65_HS1-834228961_62-HQ-83894_Section_9
Agency: FBI
Page 124
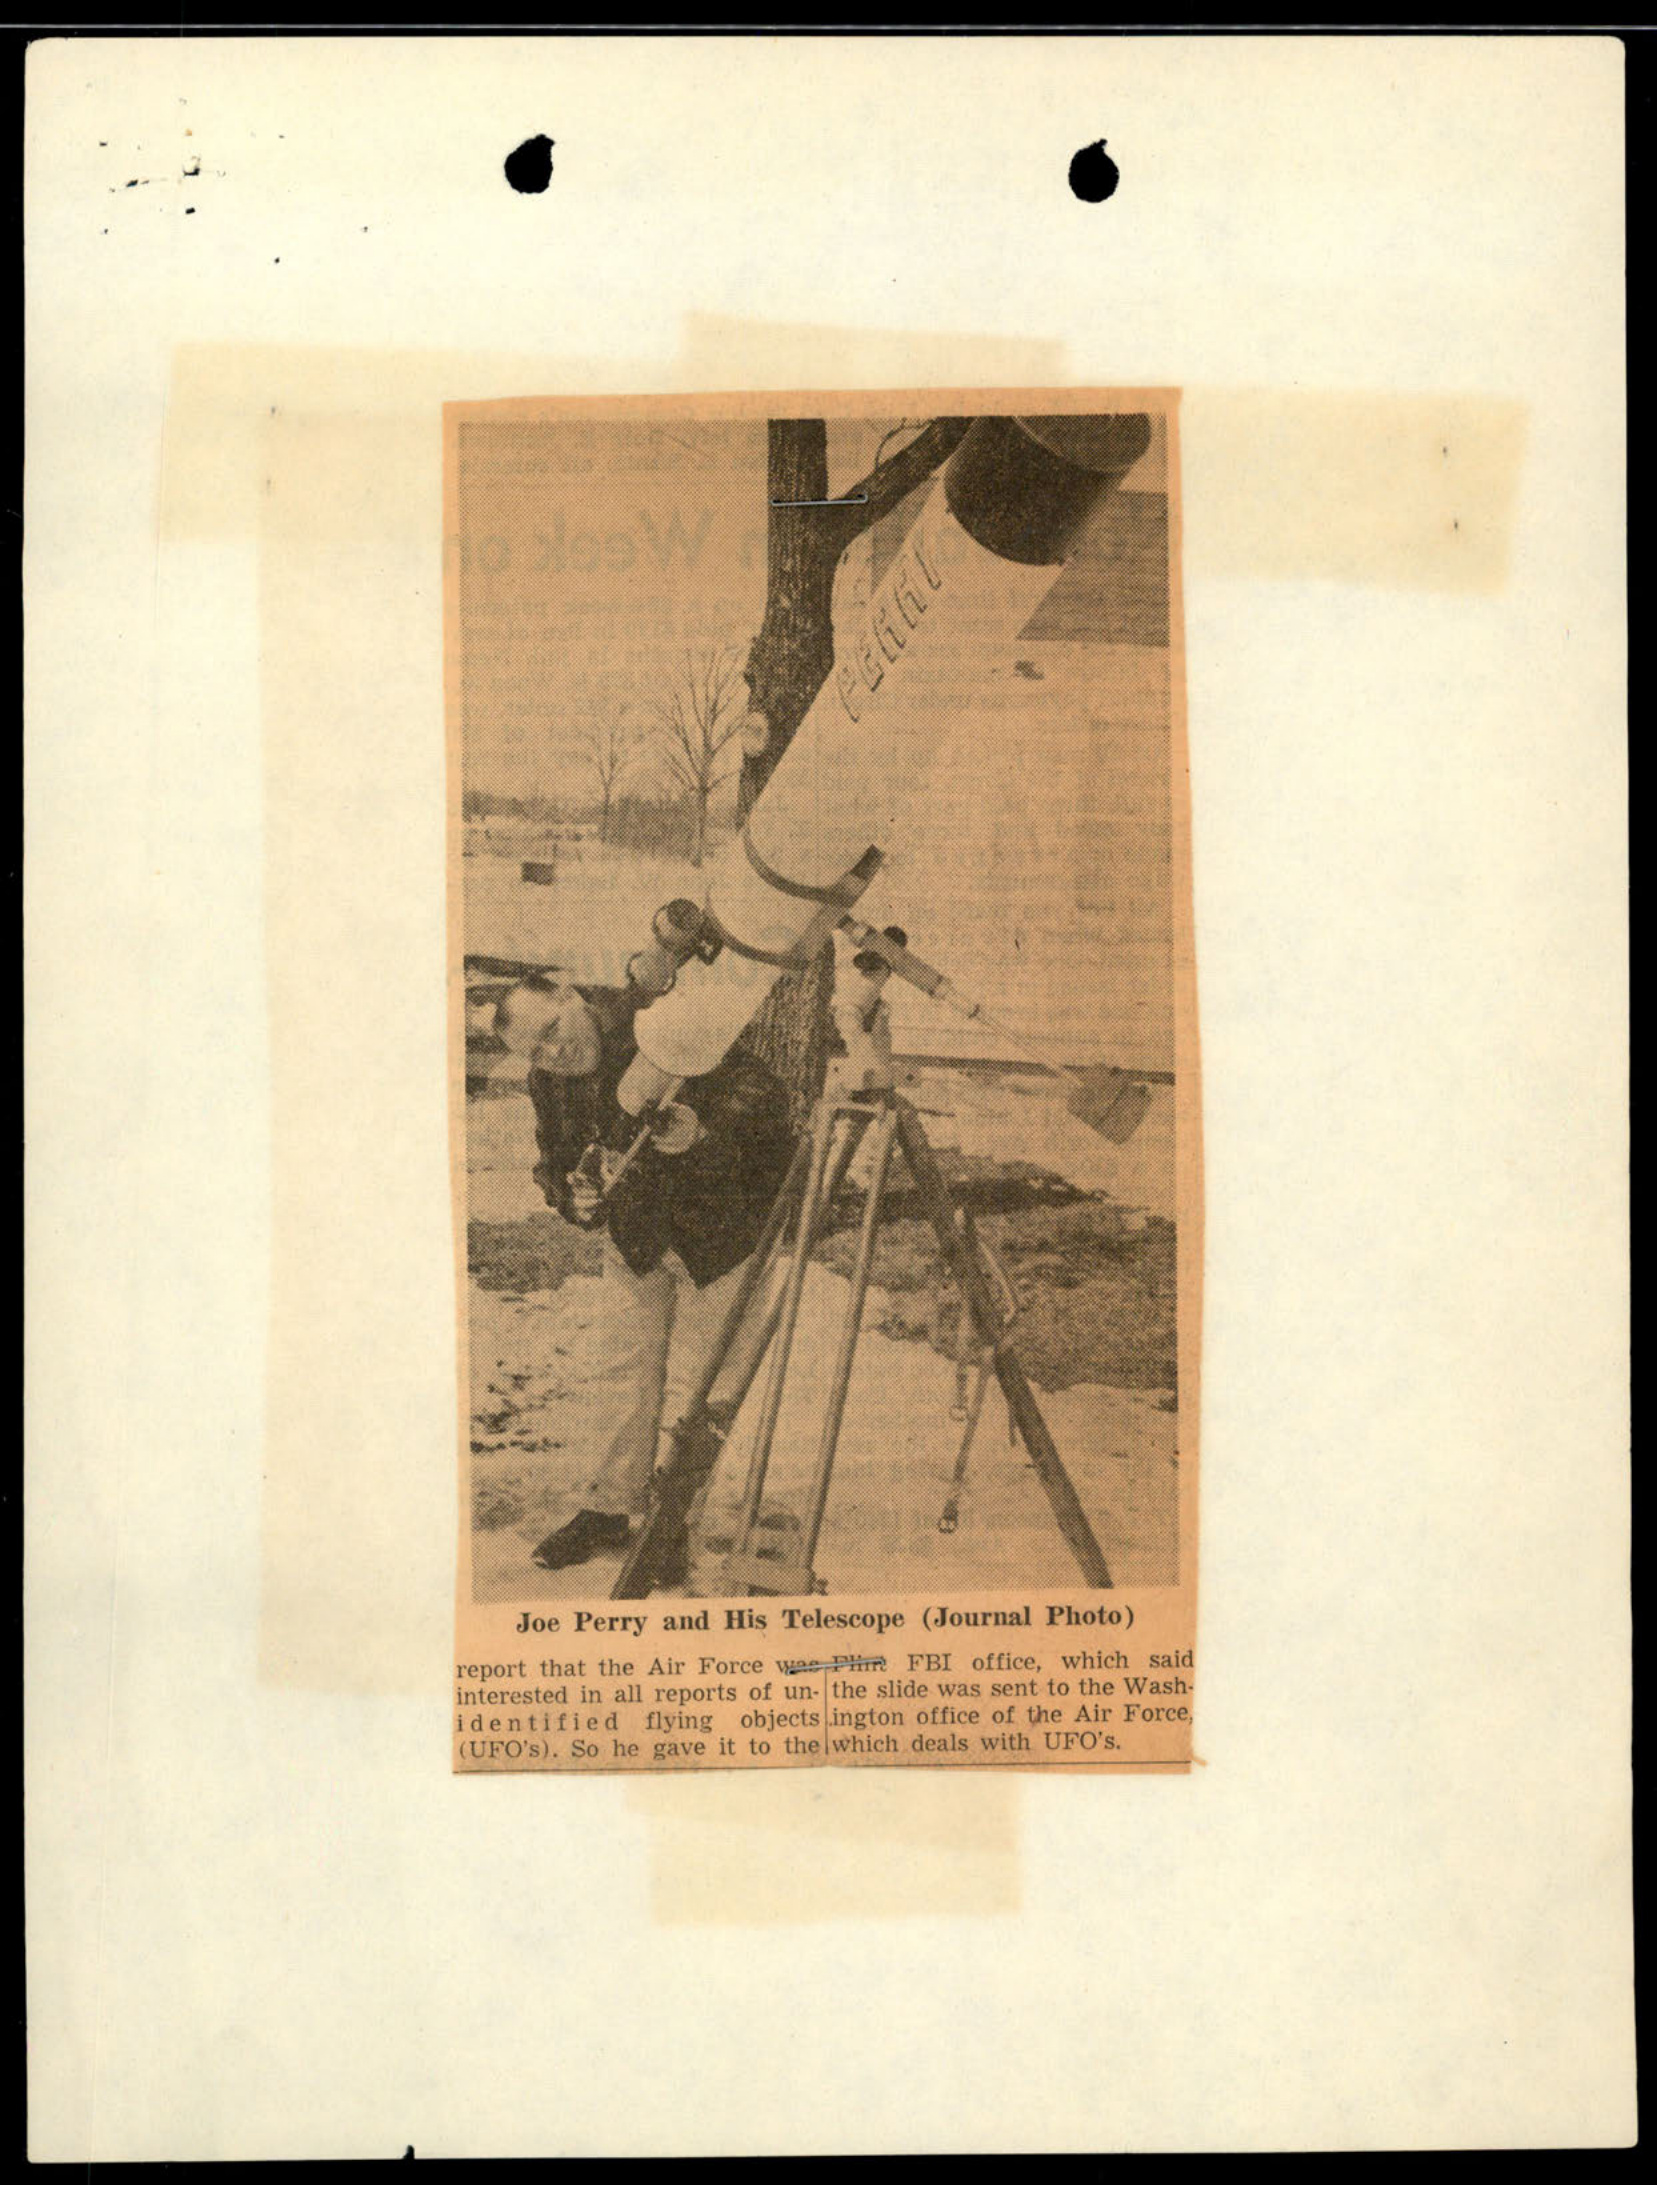